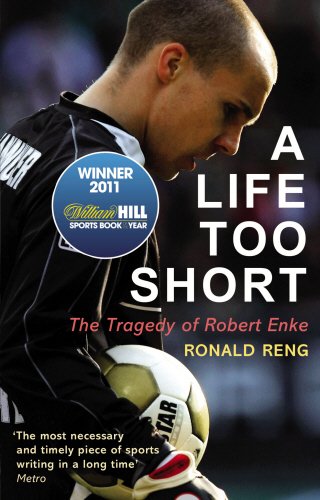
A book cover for A Life Too Short: The Tragedy of Robert Enke; Ronald Reng; Biographies & Memoirs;